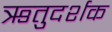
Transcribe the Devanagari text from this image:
ऋतुदर्शक